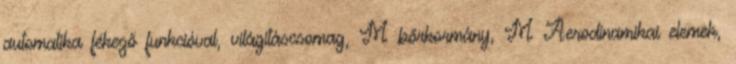
automatika fékező funkcióval, világításcsomag, M bőrkormány, M Aerodinamikai elemek,